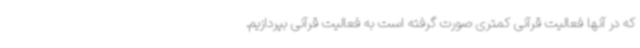
که در آنها فعالیت قرآنی کمتری صورت گرفته است به فعالیت قرآنی بپردازیم.